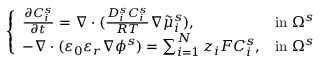
\left\{ \begin{array} { l l } { \frac { \partial C _ { i } ^ { s } } { \partial t } = \nabla \cdot ( \frac { D _ { i } ^ { s } C _ { i } ^ { s } } { R T } \nabla \tilde { \mu } _ { i } ^ { s } ) , } & { \mathrm { i n ~ } \Omega ^ { s } } \\ { - \nabla \cdot ( \varepsilon _ { 0 } \varepsilon _ { r } \nabla \phi ^ { s } ) = \sum _ { i = 1 } ^ { N } z _ { i } F C _ { i } ^ { s } , } & { \mathrm { i n ~ } \Omega ^ { s } } \end{array} \right.